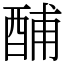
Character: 酺